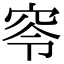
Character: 𥥋